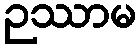
ဉဿာမ